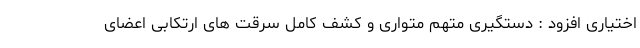
اختیاری افزود : دستگیری متهم متواری و کشف کامل سرقت های ارتکابی اعضای